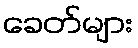
ခေတ်များ